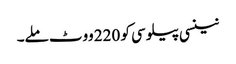
نینسی پیلوسی کو 220 ووٹ ملے۔